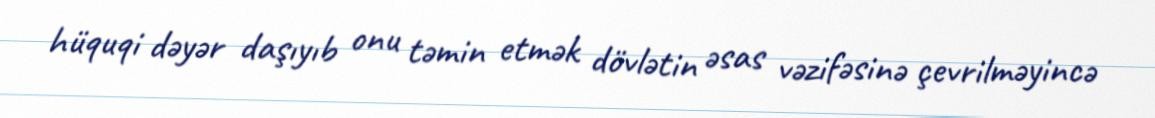
hüquqi dəyər daşıyıb onu təmin etmək dövlətin əsas vəzifəsinə çevrilməyincə